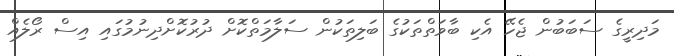
މަދިރީގެ ސަބަބުން ޖެހޭ އެކި ބާވަތްތަކުގެ ބަލިތަކުން ސަލާމަތްކޮށް ދުރުކޮށްދިނުމުގައި އިސް ރޯލެއް